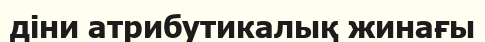
діни атрибутикалық жинағы